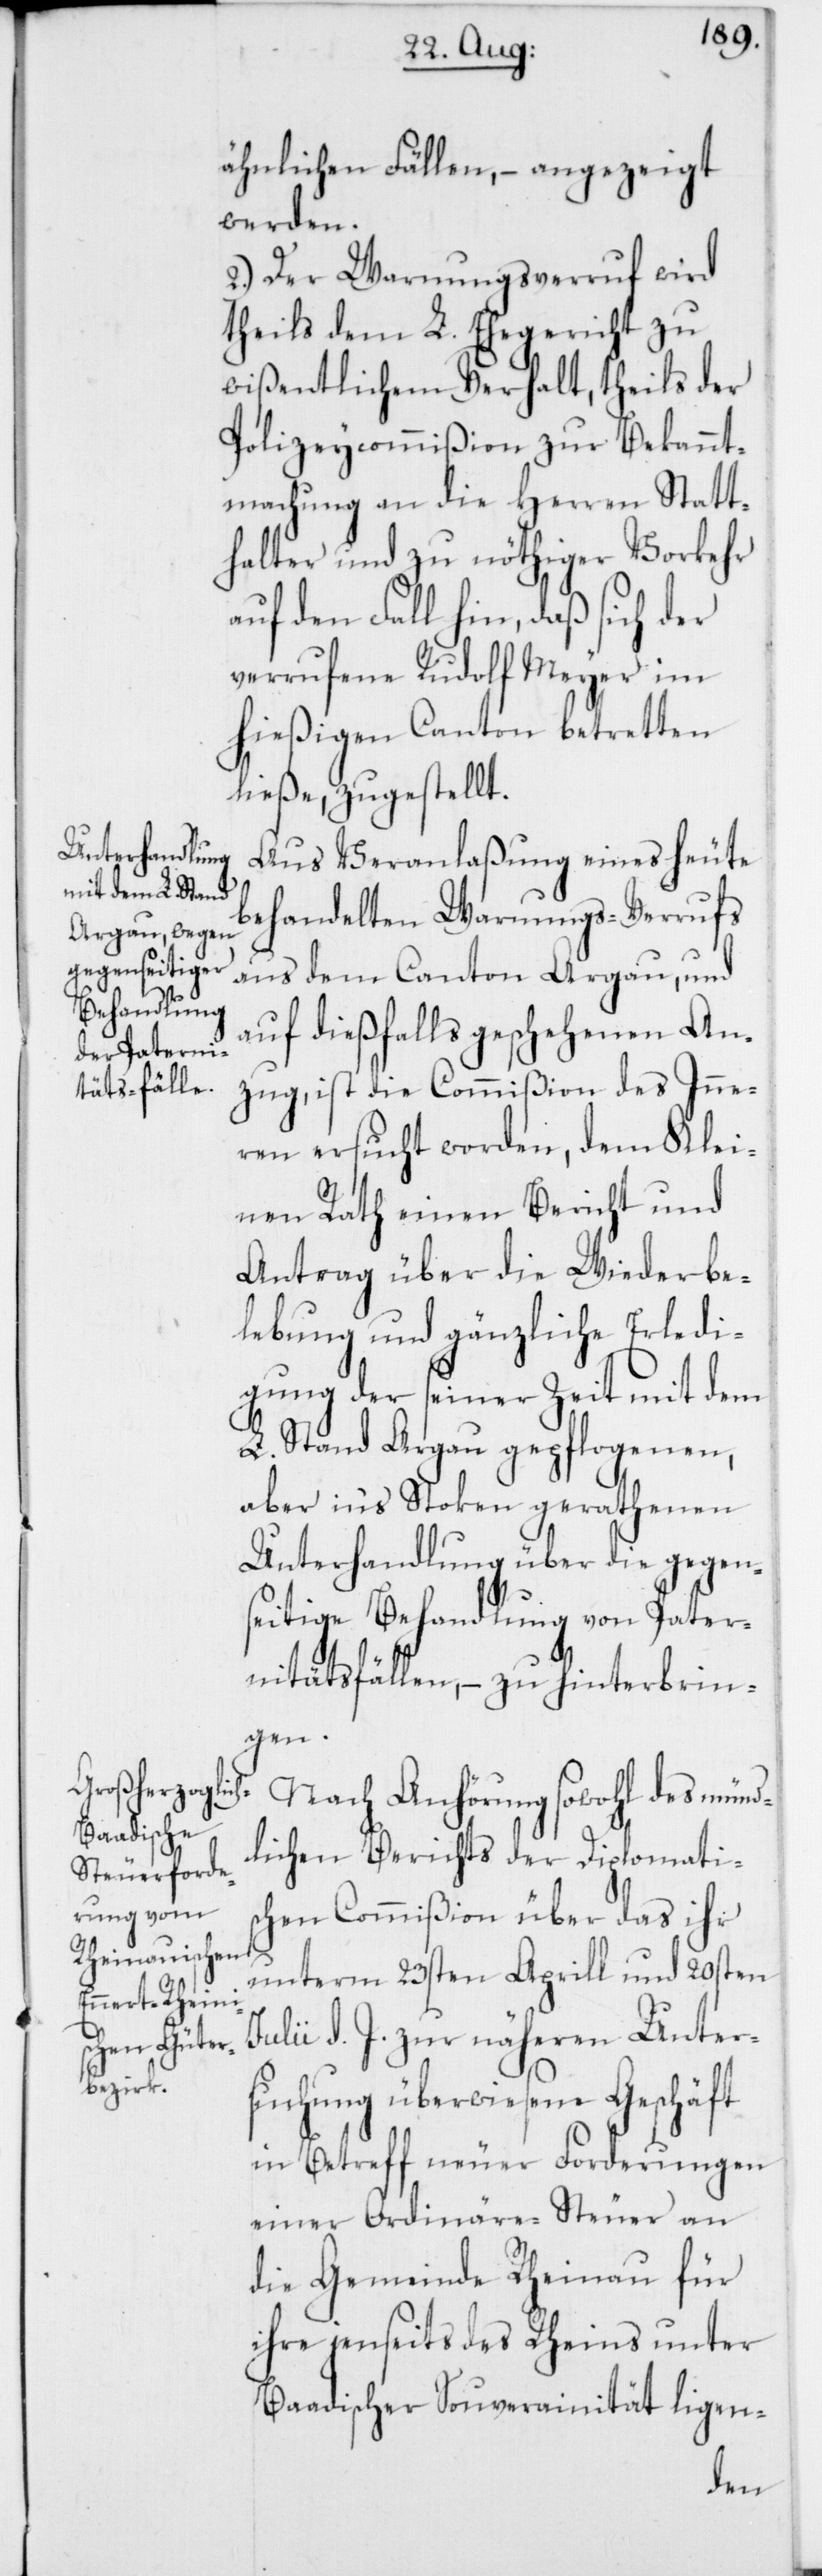
ähnlichen Fällen, – angezeigt
werden.
2.) Der Warnungsverruf wird
theils dem L. Ehegericht zu
wißentlichem Verhalt, theils der
Polizeycommißion zur Bekannt¬
machung an die Herren Statt¬
halter und zu nöthiger Vorkehr
auf den Fall hin, daß sich der
verrufene Rudolf Meyer im
hießigen Canton betretten
ließe, zugestellt.
Aus Veranlaßung eines heute
behandelten Warnungs-Verrufs
aus dem Canton Argau, und
auf dießfalls geschehenen An¬
zug, ist die Commißion des Inne¬
ren ersucht worden, dem Klei¬
nen Rath einen Bericht und
Antrag über die Wiederbe¬
lebung und gänzliche Erledi¬
gung der seiner Zeit mit dem
L. Stand Argau gepflogenen,
aber ins Stoken gerathenen
Unterhandlung über die gegen¬
seitige Behandlung von Pater¬
nitätsfällen, – zu hinterbrin¬
gen.
Nach Anhörung sowohl des münd¬
lichen Berichts der Diplomatis¬
chen Commißion über das ihr
unterm 23sten Aprill und 20sten
Julii d. J. zur näheren Unter¬
suchung überwiesene Geschäft
in Betreff neuer Forderungen
einer Ordinäre-Steuer an
die Gemeinde Rheinau für
ihre jenseits des Rheins unter
Baadischer Souverainität ligen-